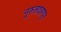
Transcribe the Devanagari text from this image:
नूरुलदहरपुर